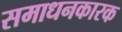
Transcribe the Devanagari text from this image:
समाधनकारक